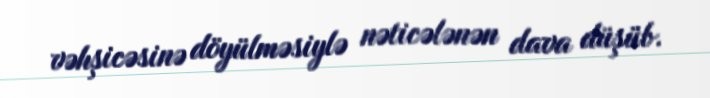
vəhşicəsinə döyülməsiylə nəticələnən dava düşüb.